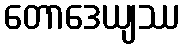
တောဒေယျဿ